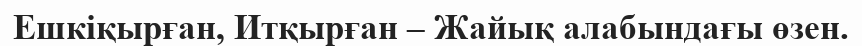
Ешкіқырған, Итқырған – Жайық алабындағы өзен.